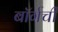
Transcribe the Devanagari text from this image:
बॉर्गची